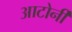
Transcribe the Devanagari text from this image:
आटोर्नी